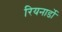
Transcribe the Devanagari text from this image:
रियनार्डो